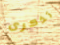
تذكرى